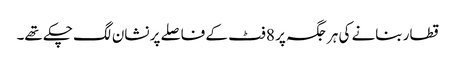
قطار بنانے کی ہر جگہ پر 8 فٹ کے فاصلے پر نشان لگ چکے تھے۔